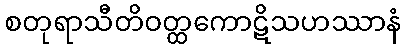
စတုရာသီတိဝတ္ထကောဋိသဟဿာနံ